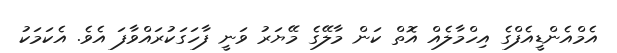
އެމްއެންޑީއެފްގެ އިހްމާލެއް އޮތް ކަން މާލޭގެ މޭޔަރު ވަނީ ފާހަގަކުރައްވާފަ އެވެ. އެކަމަކު